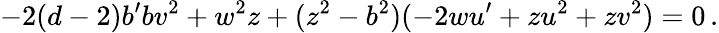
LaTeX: -2(d-2)b^{\prime}bv^{2}+w^{2}z+(z^{2}-b^{2})(-2wu^{\prime}+zu^{2}+zv^{2})=0\, .